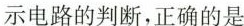
示电路的判断，正确的是